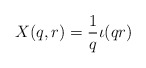
\begin{align*}X(q,r) = \frac 1q \iota(qr) \end{align*}